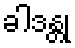
ခါဒန္တု